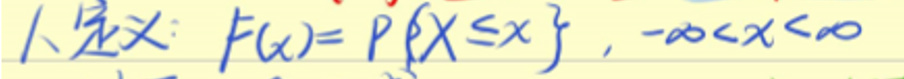
1. 定义：\(F(x)=P\{X\leq x\}, -\infty < x < \infty\)